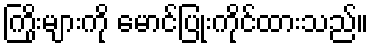
ကြိုးများကို မောင်ပြုံးကိုင်ထားသည်။